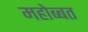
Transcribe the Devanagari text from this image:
महोब्बत